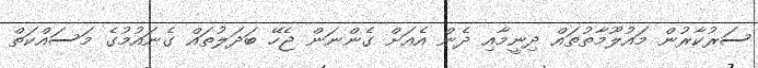
ސަރުކާރުން މައުލޫމާތުތައް ދިނީމާއި ދެން އެއަށް ގެންނަން ޖެހޭ ބަދަލުތައް ގެނައުމުގެ މަސައްކަތް